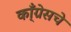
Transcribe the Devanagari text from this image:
कॉ्ंग्रेसचे